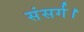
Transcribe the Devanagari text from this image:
संसर्ग।